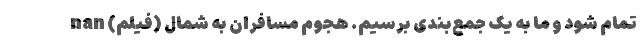
تمام شود و ما به یک جمع‌بندی برسیم. هجوم مسافران به شمال (فیلم) nan